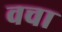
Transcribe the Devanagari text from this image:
वचा